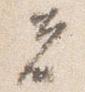
者